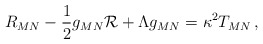
\begin{align*}R_{MN} -{1\over 2}g_{MN}{\cal R}+\Lambda g_{MN}= \kappa^2 T_{MN}\,,\end{align*}